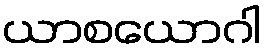
ယာစယောဂါ